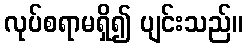
လုပ်စရာမရှိ၍ ပျင်းသည်။